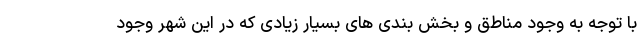
با توجه به وجود مناطق و بخش بندی های بسیار زیادی که در این شهر وجود